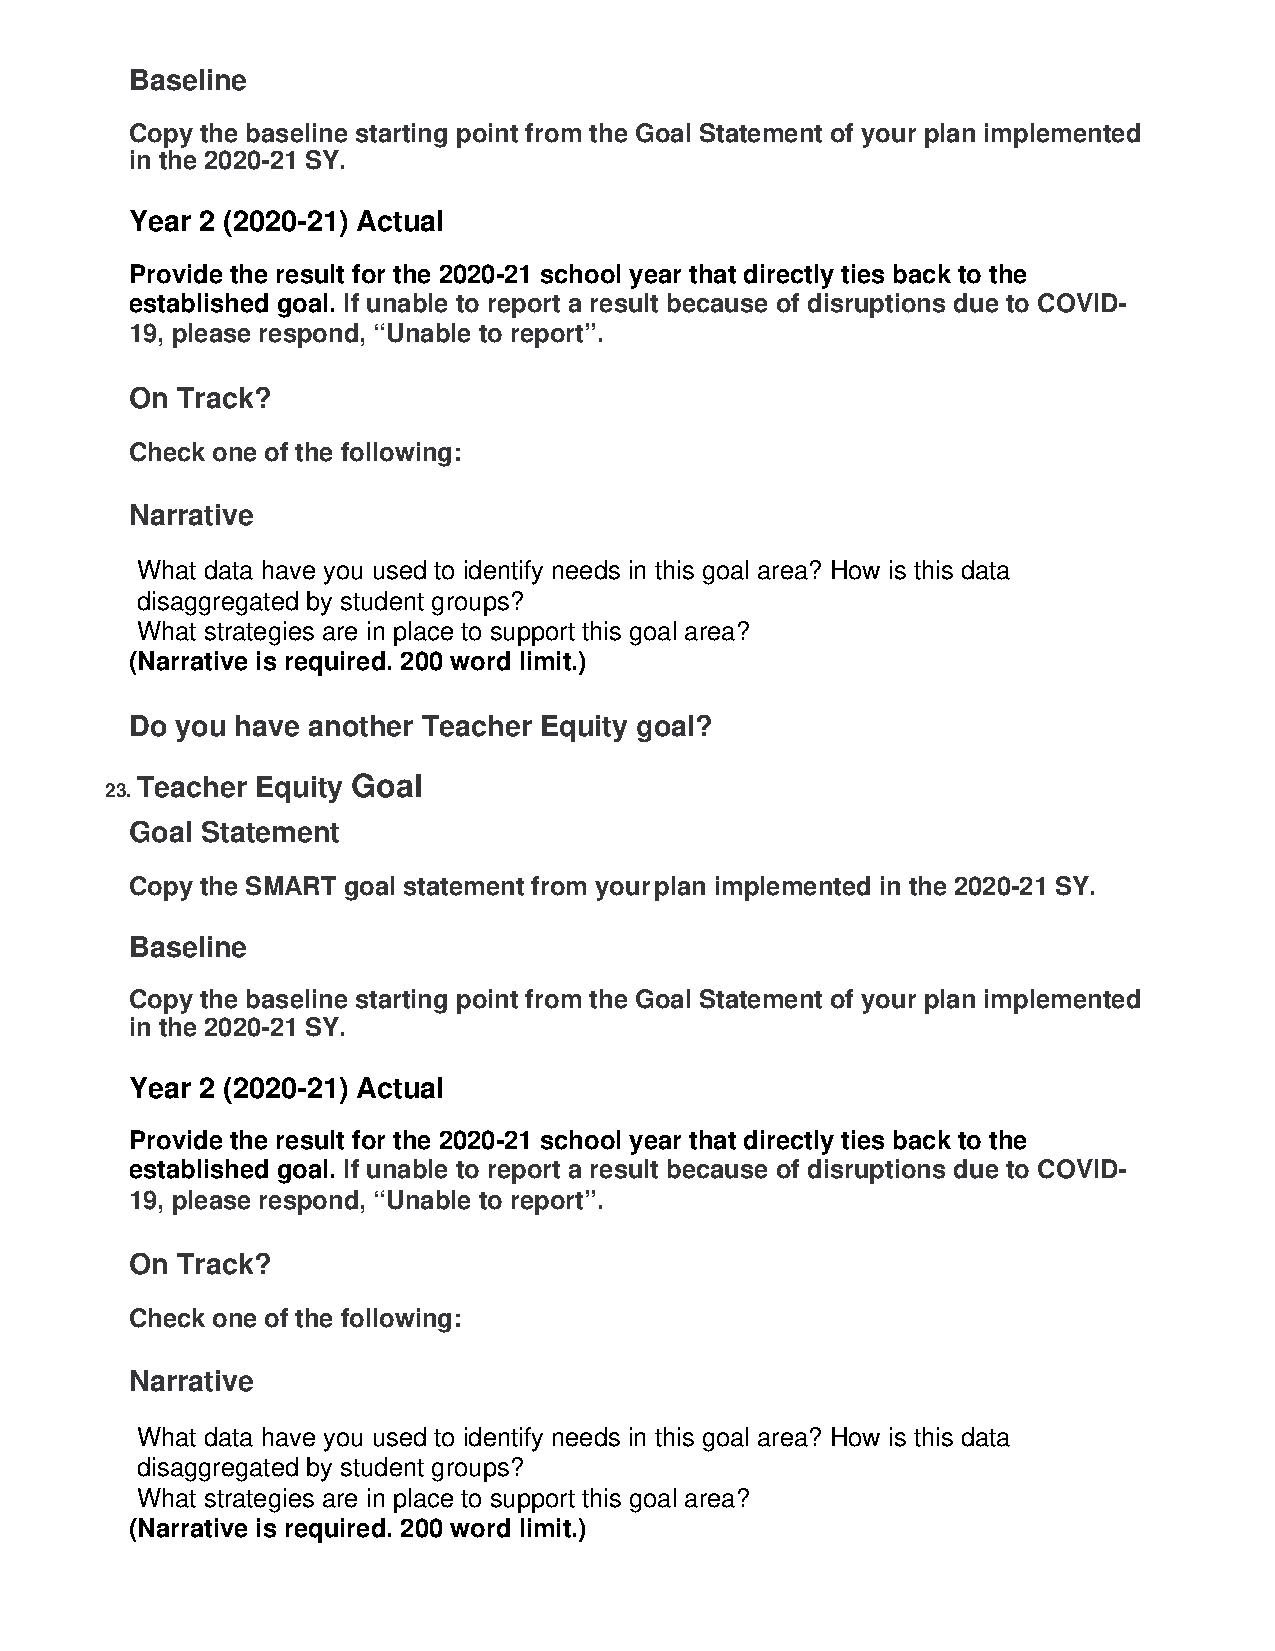
Baseline
 Copy the baseline starting point from the Goal Statement of your plan implemented
 in the 2020-21 SY.
 Year 2 (2020-21) Actual
 Provide the result for the 2020-21 school year that directly ties back to the
 established goal. If unable to report a result because of disruptions due to COVID-
 19, please respond, “Unable to report”.
 On Track?
 Check one of the following:
 Narrative
 What data have you used to identify needs in this goal area? How is this data
 disaggregated by student groups?
 What strategies are in place to support this goal area?
 (Narrative is required. 200 word limit.)
 Do you have another Teacher Equity goal?
 Teacher Equity Goal
 23.
 Goal Statement
 Copy the SMART goal statement from your plan implemented in the 2020-21 SY.
 Baseline
 Copy the baseline starting point from the Goal Statement of your plan implemented
 in the 2020-21 SY.
 Year 2 (2020-21) Actual
 Provide the result for the 2020-21 school year that directly ties back to the
 established goal. If unable to report a result because of disruptions due to COVID-
 19, please respond, “Unable to report”.
 On Track?
 Check one of the following:
 Narrative
 What data have you used to identify needs in this goal area? How is this data
 disaggregated by student groups?
 What strategies are in place to support this goal area?
 (Narrative is required. 200 word limit.)